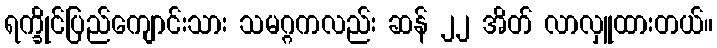
ရက္ခိုင်ပြည်ကျောင်းသား သမဂ္ဂကလည်း ဆန် ၂၂ အိတ် လာလှူထားတယ်။